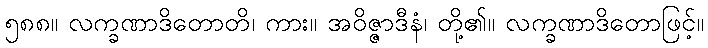
၅၈၈။ လက္ခဏာဒိတောတိ၊ ကား။ အဝိဇ္ဇာဒီနံ၊ တို့၏။ လက္ခဏာဒိတောဖြင့်။